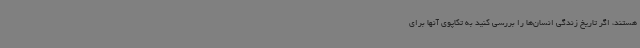
هستند، اگر تاریخ زندگی انسان‌ها را بررسی کنید به تکاپوی آنها برای